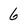
Character: 6